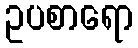
ဥပစာရော